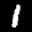
Label: 1